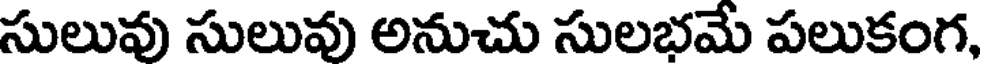
సులువు సులువు అనుచు సులభమే పలుకంగ,